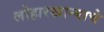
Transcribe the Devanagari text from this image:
लोहारखान्याचे